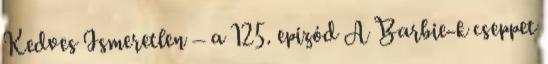
Kedves Ismeretlen – a 125. epizód A Barbie-k cseppet